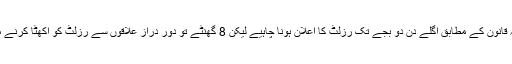
انہوں نے بتایا کہ قانون کے مطابق اگلے دن دو بجے تک رزلٹ کا اعلان ہونا چاہیے لیکن 8 گھنٹے تو دور دراز علاقوں سے رزلٹ کو اکھٹا کرنے میں ہی لگیں گے۔